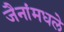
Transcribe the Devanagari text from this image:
जैनांमधले